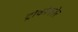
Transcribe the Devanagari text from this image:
ट्रोकोफोर